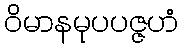
ဝိမာနမုပပဇ္ဇဟံ